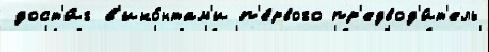
дост'и́г в'ико́нтам'и п'е́рвого пр'едвод'и́т'ель